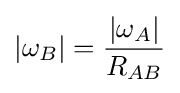
|\omega _{B}|={\frac {|\omega _{A}|}{R_{AB}}}